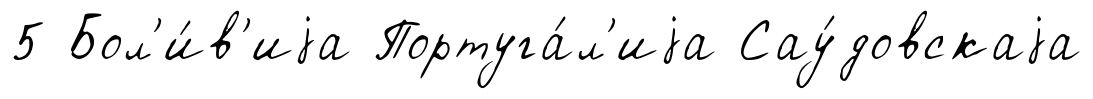
5 Бол'и́в'иjа Португа́л'иjа Сау́довскаjа